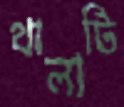
থালাটি